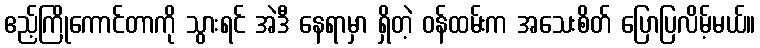
ဧည့်ကြိုကောင်တာကို သွားရင် အဲဒီ နေရာမှာ ရှိတဲ့ ဝန်ထမ်းက အသေးစိတ် ပြောပြလိမ့်မယ်။